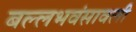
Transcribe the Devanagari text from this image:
बल्लभवंसावली